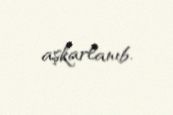
aşkarlanıb.